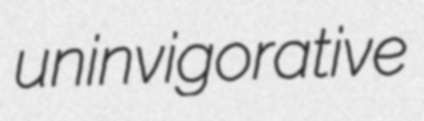
uninvigorative